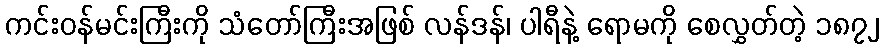
ကင်းဝန်မင်းကြီးကို သံတော်ကြီးအဖြစ် လန်ဒန်၊ ပါရီနဲ့ ရောမကို စေလွှတ်တဲ့ ၁၈၇၂